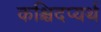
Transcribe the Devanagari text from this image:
कश्चिदप्यर्थ